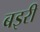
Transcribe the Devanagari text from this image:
बइरी